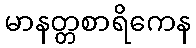
မာနတ္တစာရိကေန